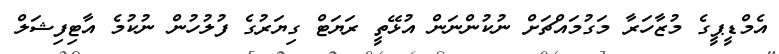
އެމްޑީޕީގެ މުޒާހަރާ މަގުމައްޗަށް ނުކުންނަން އުޅޭތީ ރަޔަޓް ގިޔަރުގެ ފުލުހުން ނުކުމެ އާޓިފިޝަލް